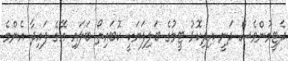
ދެޓީމުންވެސް ދަނީ އިދިކޮޅު ޓީމުގެ ބަލިފަޔަކީ ކޮބައިތޯ ބަލައި އޭގެ ފައިދާ އެންމެ